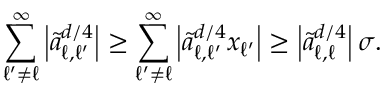
\sum _ { \ell ^ { \prime } \neq \ell } ^ { \infty } \left\vert \tilde { a } _ { \ell , \ell ^ { \prime } } ^ { d / 4 } \right\vert \geq \sum _ { \ell ^ { \prime } \neq \ell } ^ { \infty } \left\vert \tilde { a } _ { \ell , \ell ^ { \prime } } ^ { d / 4 } x _ { \ell ^ { \prime } } \right\vert \geq \left\vert \tilde { a } _ { \ell , \ell } ^ { d / 4 } \right\vert \sigma .